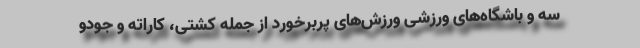
سه و باشگاه‌های ورزشی ورزش‌های پربرخورد از جمله کشتی، کاراته و جودو